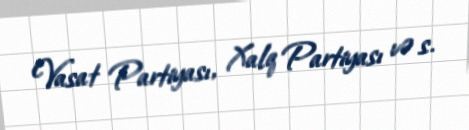
Vasat Partiyası, Xalq Partiyası və s.